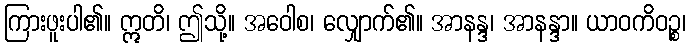
ကြားဖူးပါ၏။ ဣတိ၊ ဤသို့။ အဝေါစ၊ လျှောက်၏။ အာနန္ဒ၊ အာနန္ဒာ။ ယာဝကိဝဉ္စ၊